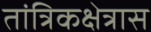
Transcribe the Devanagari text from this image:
तांत्रिकक्षेत्रास